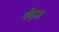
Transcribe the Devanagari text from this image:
फेंट्स